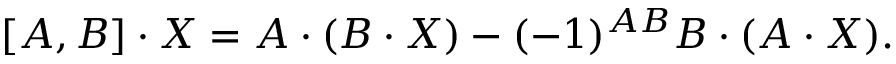
[ A , B ] \cdot X = A \cdot ( B \cdot X ) - ( - 1 ) ^ { A B } B \cdot ( A \cdot X ) .